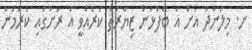
ށ. މިލަންދު އަށް އެ ބޭފުޅުން ޒިޔާރަތް ކުރެއްވީ އެ ރަށުގައި ކުރަމުން